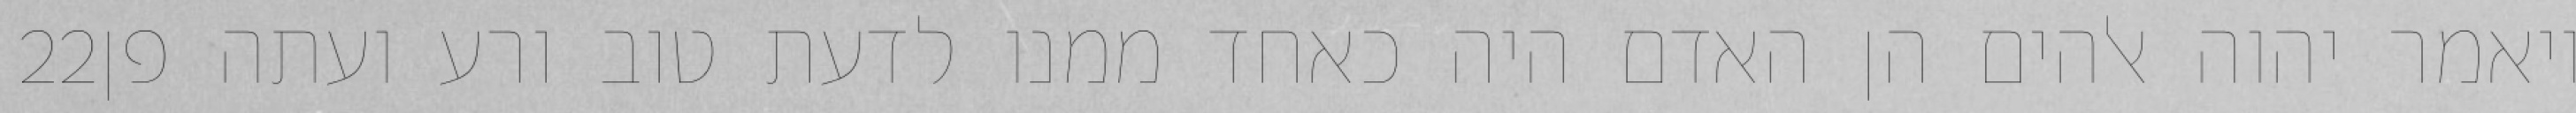
‎22‏ ויאמר יהוה אלהים הן האדם היה כאחד ממנו לדעת טוב ורע ועתה פן